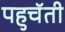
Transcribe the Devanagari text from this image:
पहुचॅती